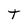
Character: t